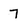
Character: 7